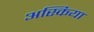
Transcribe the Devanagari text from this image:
अस्किया